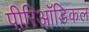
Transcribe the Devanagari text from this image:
पीरिऑडिकल